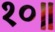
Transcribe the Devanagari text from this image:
१०॥